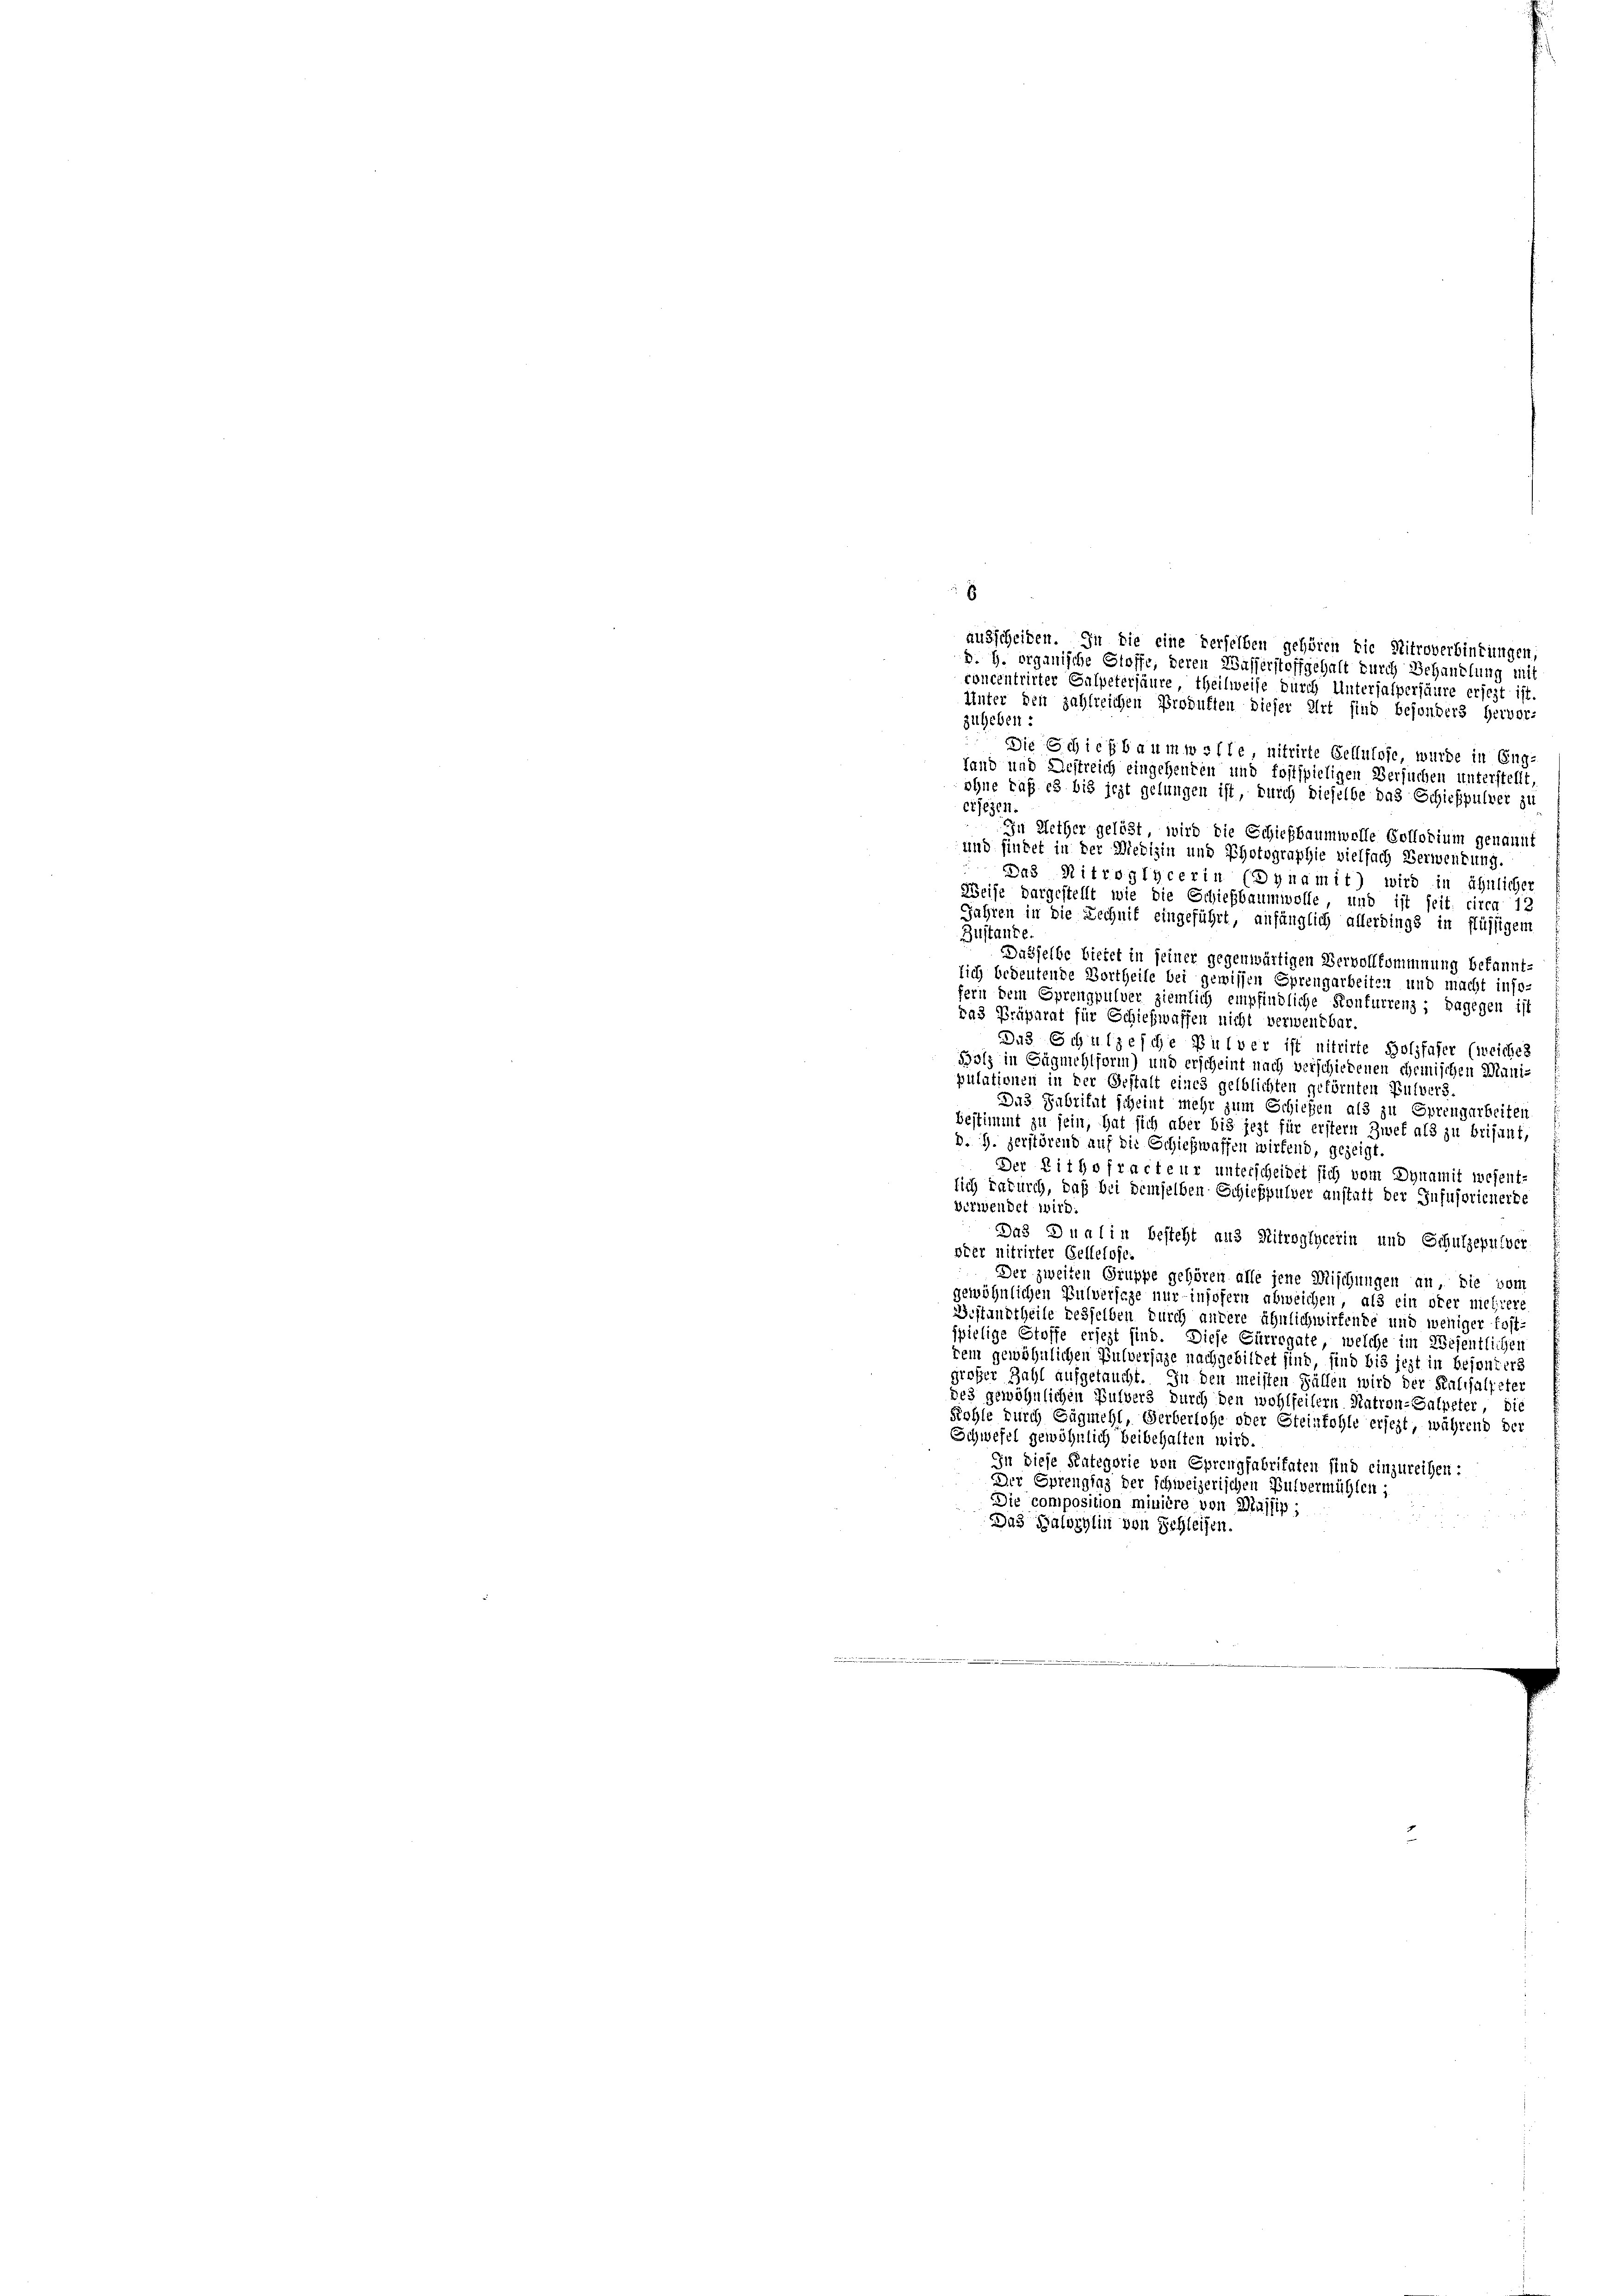
8

concentrirter Gaspetersäure, theilweise durch Untersalpersäure ersezt ist.
Unter den zahlreichen Produften dieser Art sind besonders hervor-
zuheben:
Die Schichbaumwolle nitrirte Geltutose, wurde in Eng-
fand und Destreich eingehenten und fostspieligen Versuchen unterstellt,
ohne daß es bis jezt gelungen ist, durch dieselbe das Schießpulver zu
erlegen.
In Mether gelöst wird die Schießbaumwolle Collodium genannt
und findet in der Medizin und Photographie vielfach Verwendung
Das Mitroglycerin (Dynamit) wird in ähnlicher
Weise dargestellt wie die Schießbaumwolle, und ist seit circa 12
Jahren in die Rechnit eingeführt, anfänglich allerdings in flüssigem
Zustande
Dasselbe bietet in seiner gegenwärtigen Vervollkommnung bekannt-
lich bedeutende Vortheile bei gewissen Sprengarbeiten und macht inso-
fern dem Sprengpulver ziemlich empfindliche Konfurrenz; dagegen ist
da3 Präparat für Schiehwaffen nicht verwendbar.
Das Schulzesche Pulver ist nitrirte Holzfaser (weiches
Holz in Sägnichtform) und erscheint nach verschiedenen chemischen Manipulationen in der Gestalt eines gelblichten geförnten Pulvers.
Das Fabritat scheint mehr zum Schiefen als zu Sprengarbeiten
bestimmt zu sein, hat sich aber bis jezt für erstern Zwet als zu beifunt,
d. G. zerstörend auf die Schießwassen wirkend, gezeigt.
Der Lithofracteur unterscheidet sich vom Dynamit wesent-
lich dadurch, daß bei demselben Schießpulver anstatt der Infusorienerte
Verwendet wird.
Das Qualin besteht aus Mitroglycerin und Schulzepulver
vier nitrirter Gellelofe.
Der zweiten Gruppe gehören alle jene Mischungen an die vom
gewöhnlichen Pulverseze nur insofern abweichen, als ein oder mieliere
Bestandtheile desselben durch andere ähnlichwirfende und weniger kost-
spielige Stoffe ersezt sind. Diese Curregate, welche im Wesentlichen
dem gewöhnlichen Pulversage nachgebildet sind, sind bis jezt in besonders
großer Zahl aufgetaucht. In den meisten Fällen wird der Kalisalpeter
des gewöhnlichen Bulvers durch den wohlseitern Natron-Salpeter, die
Kohle durch Gügmehl, Serberlohe oder Steinkohle ersezt, während der
Schwefel gewöhnlich beibehalten wird.
In diese Kategorie von Sprengfabritaten sind einzureihen:
Der Sprenglag der schweizerischen Pulvermühlen;
Die composition minière von Massig,
Das Halorylin von Schleifen.

ausscheiden. In die eine derselben gehören die Mitroverbindungen,
B. G. erganische Stoffe, deren Wasserstoffgehalt durch Behandlung mit